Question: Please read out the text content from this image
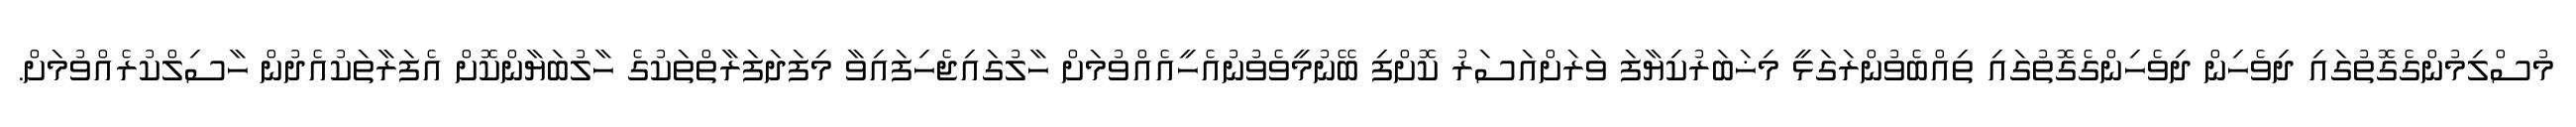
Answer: މުސްލިމުންގެގޮތުގައި ދިވެހިން ދިވެހިންގެގޮތުގައި ތިއްބެވުންރަގަޅީ މިޚަބަރުކިޔާފަ ވަރަށްއަސަރު ކޮށްފި ބޭނުމީވެވުނުއެހީއެއްވުމަށް ހާލުގައިޖެހިފައިވާ މިފަދަފަރާތްތަކުގެ ހާލުބަޔާންކޮށް އެފަރާތަކުއެދުން ހާސިލްކުރެއްވުމަށް.